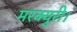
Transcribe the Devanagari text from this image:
मरक्युरी।